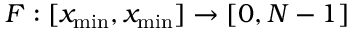
F : [ x _ { \mathrm { m i n } } , x _ { \mathrm { m i n } } ] \to [ 0 , N - 1 ]